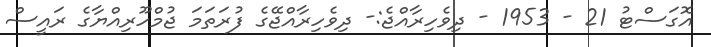
އޮގަސްޓު 21 - 1953 - ދިވެހިރާއްޖެ:- ދިވެހިރާއްޖޭގެ ފުރަތަމަ ޖުމްހޫރިއްޔާގެ ރައީސް